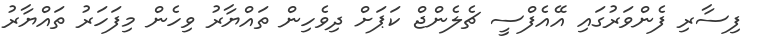
ފިސާރި ފެންވަރުގައި އޭއެފްސީ ޗެލެންޖް ކަޕަށް ދިވެހިން ތައްޔާރު ވިހެން މިފަހަރު ތައްޔާރު